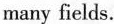
many fields.